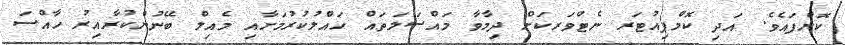
ކޮށްފައެވެ. އަދި ކޮމްޕިއުޓަރ ނެޓްވަރކަށް ދިމާވާ މައްސަލަތައް ހައްލުކުރުމަށާއި މެއިލް ބޭނުންކުރާއިރު ހާއްސަ